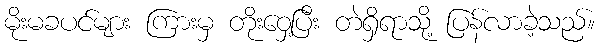
မိုးမခပင်များ ကြားမှ တိုးဝှေ့ပြီး တဲရှိရာသို့ ပြန်လာခဲ့သည်။